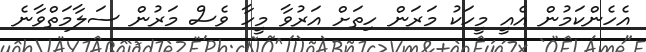
އެހެންކަމުން އެއީ މީހަކު މަރަން ހިތަށް އަރުވާ މީހާ ވެސް މަރުން ސަލާމަތްވާނެ